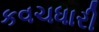
કવચધારી